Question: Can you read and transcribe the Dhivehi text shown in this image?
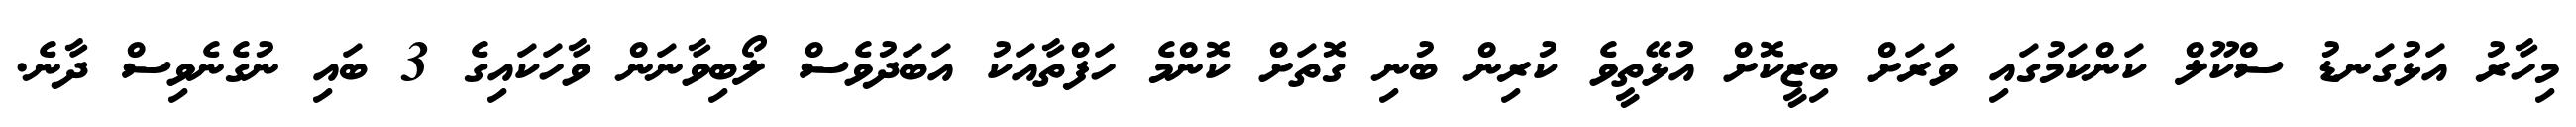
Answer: މިހާރު އަޅުގަނޑު ސްކޫލް ކަންކަމުގައި ވަރަށް ބިޒީކޮށް އުޅޭތީވެ ކުރިން ބުނި ގޮތަށް ކޮންމެ ހަފްތާއަކު އަބަދުވެސް ލޯބިވާނަން ވާހަކައިގެ 3 ބައި ނުގެނެވިސް ދާނެ.